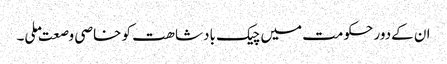
ان کےدور حکومت میں چیک بادشاھت کو خاصی وصعت ملی۔